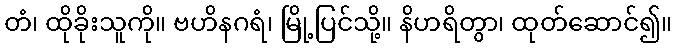
တံ၊ ထိုခိုးသူကို။ ဗဟိနဂရံ၊ မြို့ပြင်သို့။ နိဟရိတွာ၊ ထုတ်ဆောင်၍။